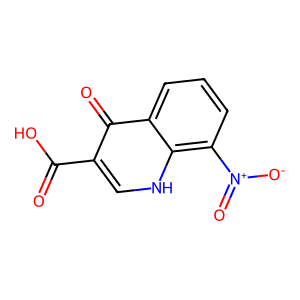
SMILES: O=C(O)c1c[nH]c2c([N+](=O)[O-])cccc2c1=O
Inhibits HIV replication: No